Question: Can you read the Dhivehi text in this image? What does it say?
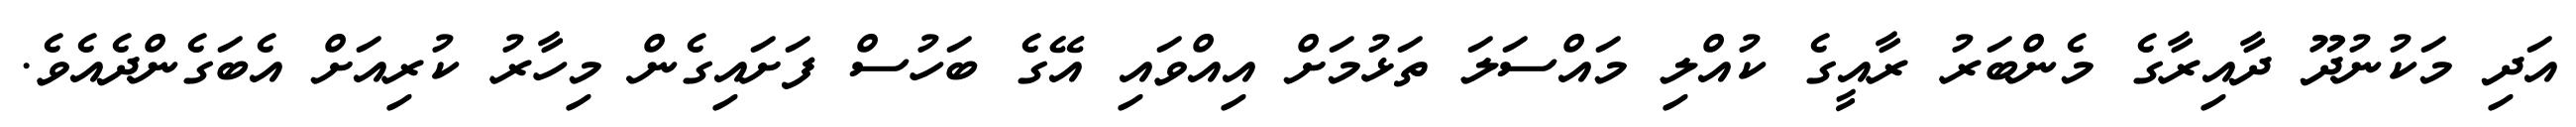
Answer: އަދި މަކުނުދޫ ދާއިރާގެ މެންބަރު ރާއީގެ ކުއްލި މައްސަލަ ތަޅުމަށް އިއްވައި އޭގެ ބަހުސް ފަށައިގެން މިހާރު ކުރިއަށް އެބަގެންދެއެވެ.